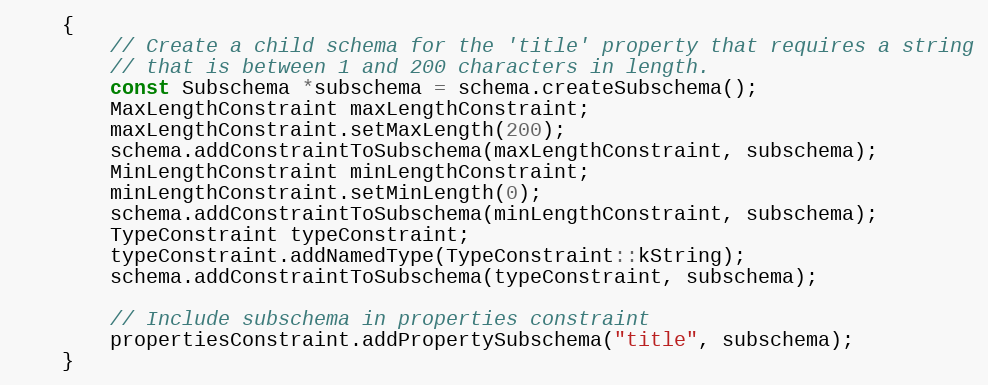
Language: C++
    {
        // Create a child schema for the 'title' property that requires a string
        // that is between 1 and 200 characters in length.
        const Subschema *subschema = schema.createSubschema();
        MaxLengthConstraint maxLengthConstraint;
        maxLengthConstraint.setMaxLength(200);
        schema.addConstraintToSubschema(maxLengthConstraint, subschema);
        MinLengthConstraint minLengthConstraint;
        minLengthConstraint.setMinLength(0);
        schema.addConstraintToSubschema(minLengthConstraint, subschema);
        TypeConstraint typeConstraint;
        typeConstraint.addNamedType(TypeConstraint::kString);
        schema.addConstraintToSubschema(typeConstraint, subschema);

        // Include subschema in properties constraint
        propertiesConstraint.addPropertySubschema("title", subschema);
    }